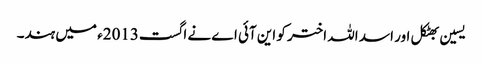
یسین بھٹکل اور اسد اللہ اختر کو این آئی اے نے اگست2013ء میں ہند۔